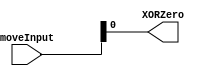
`timescale 1ns / 1ps
//////////////////////////////////////////////////////////////////////////////////
// Company: 
// Engineer: 
// 
// Design Name: 
// Module Name: ZeroXOR
// Project Name: 
// Target Devices: 
// Tool Versions: 
// Description: 
// 
// Dependencies: 
// 
// Revision:
// Revision 0.01 - File Created
// Additional Comments:
// 
//////////////////////////////////////////////////////////////////////////////////


module ZeroXOR(moveInput, XORZero);
    input [31:0] moveInput;
    output reg XORZero;
    
    always @(*) XORZero <= moveInput ^ 32'b0;
endmodule